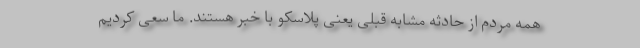
همه مردم از حادثه مشابه قبلی یعنی پلاسکو با خبر هستند. ما سعی کردیم